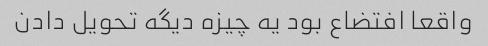
واقعا افتضاع بود یه چیزه دیگه تحویل دادن